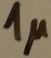
Text: 1µ